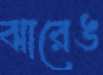
ঝারেঙ